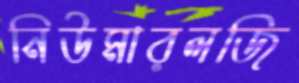
নিউমারলজি